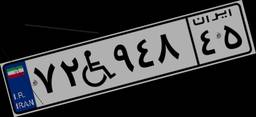
۷۲W۹۴۸۴۵